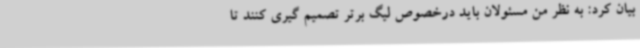
بیان کرد: به نظر من مسئولان باید درخصوص لیگ برتر تصمیم گیری کنند تا